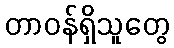
တာဝန်ရှိသူတွေ